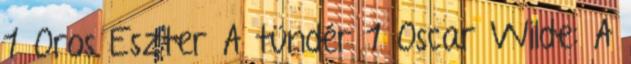
1 Oros Eszter A tündér 1 Oscar Wilde: A